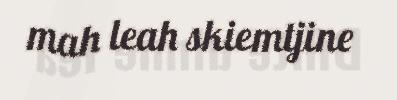
mah leah skiemtjine